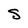
Character: S